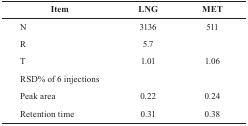
| Item | LNG | MET |
 | --- | --- | --- |
 | N | 3136 | 511 |
 | R | 5.7 |  |
 | T | 1.01 | 1.06 |
 | <COLSPAN=3> RSD% of 6 injections |
 | Peak area | 0.22 | 0.24 |
 | Retention time | 0.31 | 0.38 |